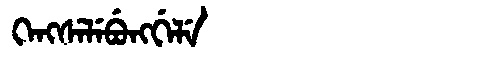
Manchu: ᡴᡝᠩᠰᡝᠯᡝᠪᡠᠩᡤᡝᠯᡝ
Romanization: KENGSELEBUNGGELE